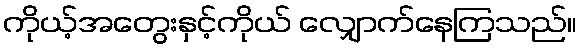
ကိုယ့်အတွေးနှင့်ကိုယ် လျှောက်နေကြသည်။